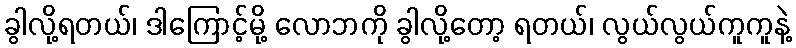
ခွါလို့ရတယ်၊ ဒါကြောင့်မို့ လောဘကို ခွါလို့တော့ ရတယ်၊ လွယ်လွယ်ကူကူနဲ့